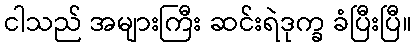
ငါသည် အများကြီး ဆင်းရဲဒုက္ခ ခံပြီးပြီ။